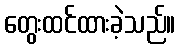
တွေးထင်ထားခဲ့သည်။